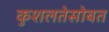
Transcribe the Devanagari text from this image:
कुशलतेसोबत